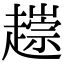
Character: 𧽧